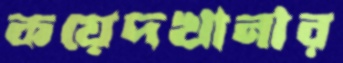
কয়েদখানার